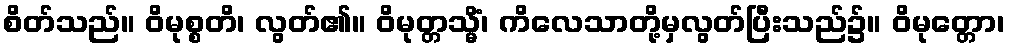
စိတ်သည်။ ဝိမုစ္စတိ၊ လွတ်၏။ ဝိမုတ္တသ္မိံ၊ ကိလေသာတို့မှလွတ်ပြီးသည်၌။ ဝိမုတ္တော၊